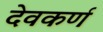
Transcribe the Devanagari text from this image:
देवकर्ण